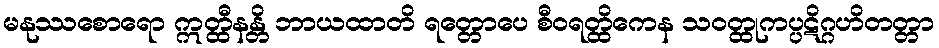
မနုဿစောရော ဣတ္ထီနန္တိ ဘာယထာတိ ရတ္တောပေ စီဝရတ္ထိကေန သဝတ္ထုကပ္ပဋိဂ္ဂဟိတတ္တာ